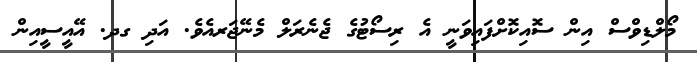
މޯލްޑިވްސް އިން ސޮއިކޮށްފައިވަނީ އެ ރިސޯޓުގެ ޖެނެރަލް މެނޭޖަރއެވެ. އަދި ގދ. އޭއީސީއިން